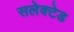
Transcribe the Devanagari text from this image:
सलेक्टेड